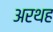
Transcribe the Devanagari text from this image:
अरथह